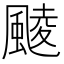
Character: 䬋